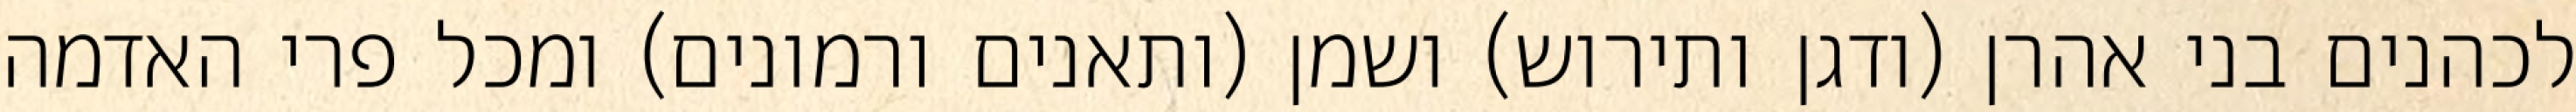
לכהנים בני אהרן (ודגן ותירוש) ושמן (ותאנים ורמונים) ומכל פרי האדמה